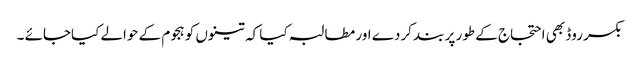
بکسر روڈ بھی احتجاج کے طور پر بند کردے اور مطالبہ کیا کہ تینوں کو ہجوم کے حوالے کیاجائے ۔